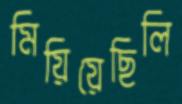
মিয়িয়েছিলি